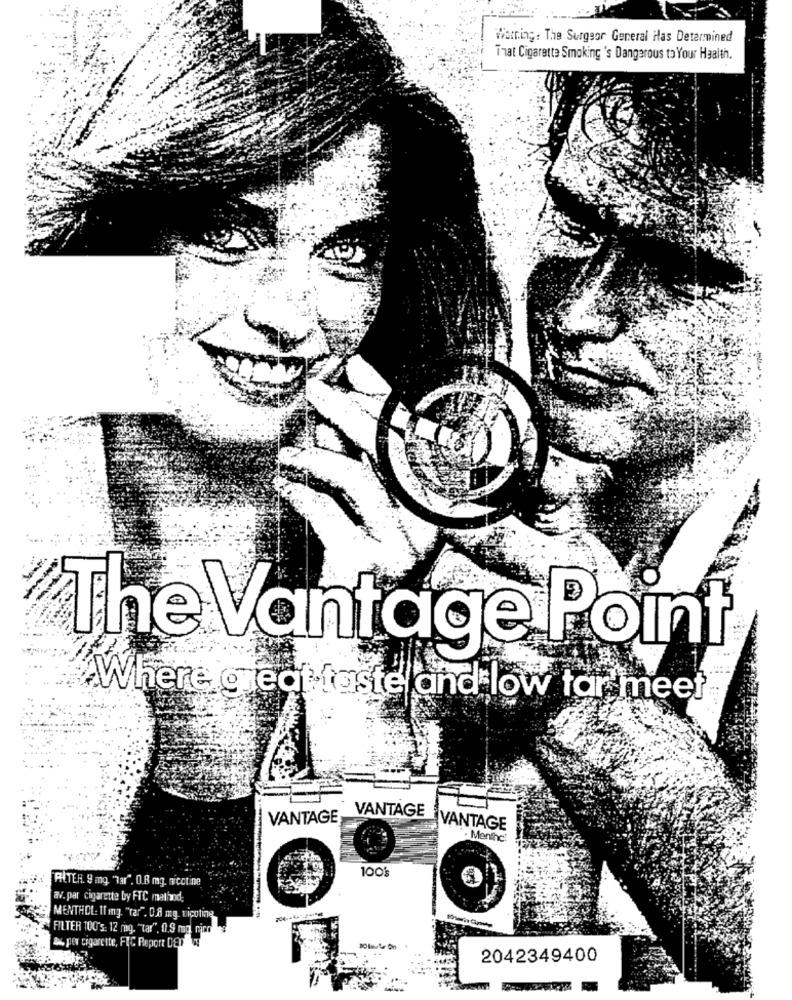
Warning: The Surgeor General Has Determined
That Cigarette Smoking 's Dangerous to Your Health.
The Vantage Point
Where great taste and low tar meet
VANTAGE
VANTAGE
VANTAGE
. Menthe'
100}
FILTER. 9 mg. "Tar", 0.8 mg. nicotine
av. par cigarette by FTC method;
MENTHOL- 11 mg. "tar". 0.8 mg. nicotine
FILTER 100's: 12 mig. "tar", 0.9 mg rico
ax per cigarette, FIC Report DED
2042349400